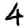
Digit: 4